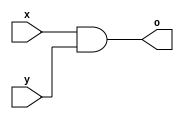
`timescale 1ns/1ps

module my_And(o, x, y);
    input x, y;
    output o;

    wire tmp1;

    nand a0(tmp1, x, y);
    nand a1(o, tmp1, tmp1);

endmodule

module my_Or(o, x, y);
    input x, y;
    output o;

    wire tmp1, tmp2;

    nand o0(tmp1, x, x);
    nand o1(tmp2, y, y);
    nand o2(o, tmp1, tmp2);

endmodule

module Majority(a, b, c, out);
    input a, b, c;
    output out;

    wire tmp1, tmp2, tmp3, tmp4;

    my_And k0(tmp1, a, b);
    my_And k1(tmp2, a, c);
    my_And k2(tmp3, b, c);
    my_Or k3(tmp4, tmp1, tmp2);
    my_Or k4(out, tmp3, tmp4);

endmodule